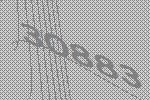
30883